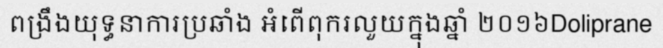
ពង្រឹងយុទ្ធនាការប្រឆាំង អំពើពុករលួយក្នុងឆ្នាំ ២០១៦Doliprane